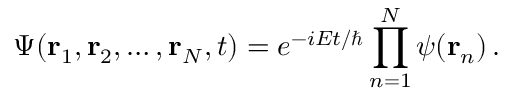
\Psi ( \mathbf { r } _ { 1 } , \mathbf { r } _ { 2 } , \ldots , \mathbf { r } _ { N } , t ) = e ^ { - i { E t / \hbar } } \prod _ { n = 1 } ^ { N } \psi ( \mathbf { r } _ { n } ) \, .